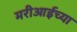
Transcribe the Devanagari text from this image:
मरीआईच्या